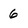
Character: 6